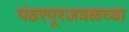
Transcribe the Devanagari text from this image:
पंढरपूरजवळच्या